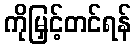
ကိုမြှင့်တင်ရန်